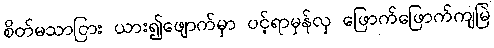
စိတ်မသာငြား ယား၍ဖျောက်မှာ ပင့်ရာမှန်လှ ဖြောက်ဖြောက်ကျမြဲ